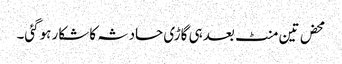
محض تین منٹ بعد ہی گاڑی حادثہ کا شکار ہوگئی۔